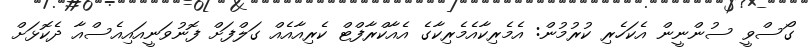
ގޯސްވީ ސުންނީން އެކަހެރި ކުރުމުން: އެމެރިކާއެމެރިކާގެ އެއާކްރާފްޓް ކެރިއާއެއް ގަލްފަށް ފޮނުވަނީއައިއެސްއާ ދެކޮޅަށް